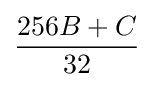
{\frac {256B+C}{32}}